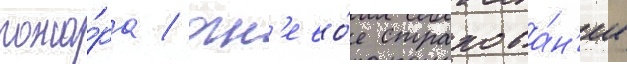
пожа́ра / огн'ево́е страхова́н'ие